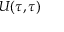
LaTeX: U ( \tau , \tau )